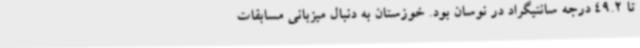
تا 49.2 درجه سانتیگراد در نوسان بود. خوزستان به دنبال میزبانی مسابقات